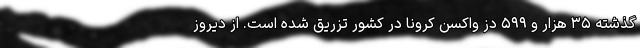
گذشته ۳۵ هزار و ۵۹۹ دُز واکسن کرونا در کشور تزریق شده است. از دیروز